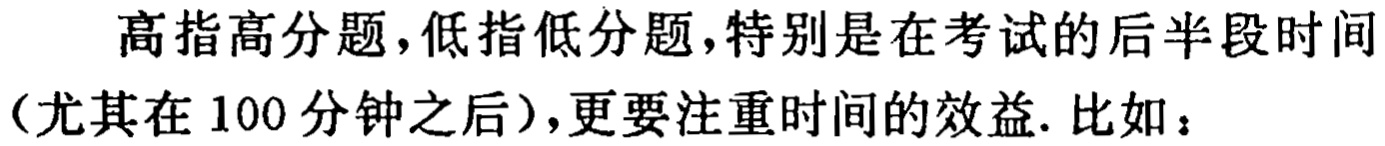
高指高分题,低指低分题,特别是在考试的后半段时间（尤其在 100 分钟之后）,更要注重时间的效益. 比如：